Indian journal of veterinary science and animal husbandry - Volumes 18-21, 1948-1951
Year: 1948
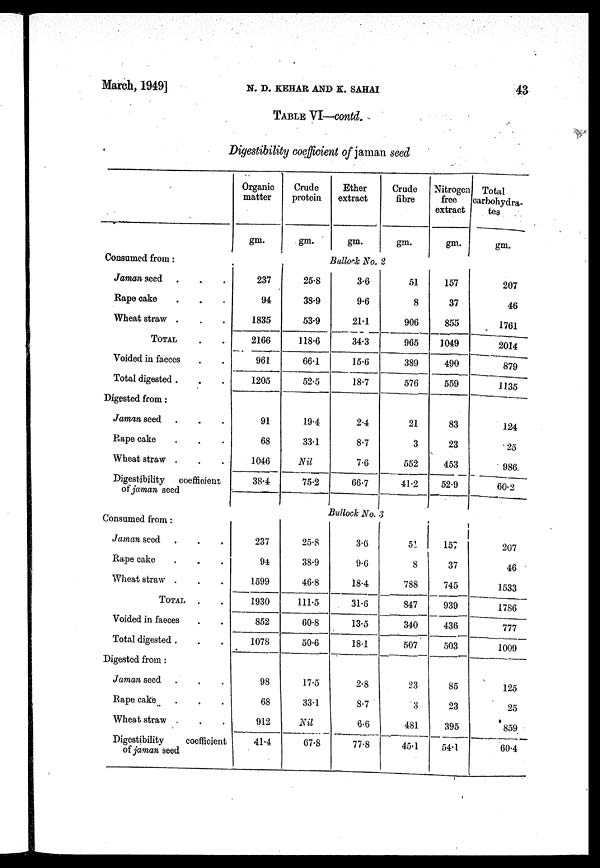
March, 1949]
N.
D.
KEHAR
AND
K.
SAHAI
43
TABLE VI—contd.
Digestibility coefficient of jaman seed
Consumed from:
Jaman seed . . .
Rape cake . . .
Wheat straw . . .
TOTAL . .
Voided in faeces . .
Total digested . . .
Digested from:
Jaman seed . . .
Rape cake . . .
Wheat straw . . .
Digestibility coefficient
of jaman seed
Organic
matter
gm.
Crude
protein
gm.
Ether
extract
gm.
Crude
fibre
gm.
Nitrogen
free
extract
gm.
Total
carbohydra-
tes
gm.
Bullock No. 2
237
94
1835
2166
961
1205
91
68
1046
38.4
25.8
38.9
53.9
118.6
66.1
52.5
19.4
33.1
Nil
75.2
3.6
9.6
21.1
34.3
15.6
18.7
2.4
8.7
7.6
66.7
51
8
906
965
389
576
21
3
552
41.2
157
37
855
1049
490
559
83
23
453
52.9
207
46
1761
2014
879
1135
124
25
986
60.2
Bullock No. 3
Consumed from:
Jaman seed . . .
Rape cake . . .
Wheat straw . . .
TOTAL . .
Voided in faeces . .
Total digested . . .
Digested from:
Jaman seed . . .
Rape cake . . .
Wheat straw . . .
Digestibility
coefficient
of jaman seed
237
94
1599
1930
852
1078
98
68
912
41.4
25.8
38.9
46.8
111.5
60.8
50.6
17.5
33.1
Nil
67.8
3.6
9.6
18.4
31.6
13.5
18.1
2.8
8.7
6.6
77.8
51
8
788
847
340
507
23
3
481
45.1
157
37
745
939
436
503
85
23
395
54.1
207
46
1533
1786
777
1009
125
25
859
60.4